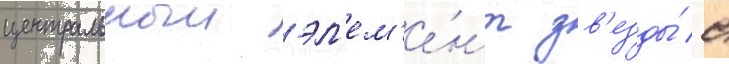
центральныи эл'ем'е́нт зв'езды́ с